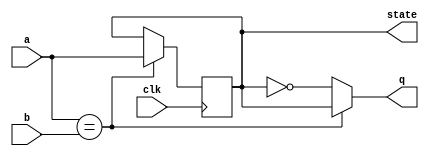
module top_module (
	input clk,
	input a,
	input b,
	output q,
	output state
	);

    always @ (posedge clk) begin
		if(a == b)
		state <= a;
		else
		state <= state;
	end
	assign q = (a == b) ? state : (~state);

endmodule